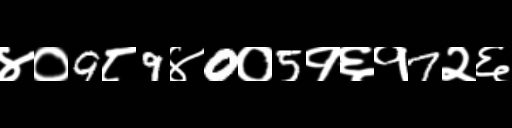
Text: ४०9८9४0०5१६१7२६